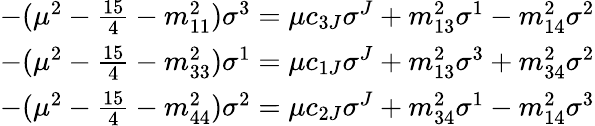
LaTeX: \begin{array}{l}{{-(\mu^{2}-\frac{15}{4}-m_{11}^{2})\sigma^{3}=\mu c_{3J}\sigma^{J}+m_{13}^{2}\sigma^{1}-m_{14}^{2}\sigma^{2}}}\\ {{-(\mu^{2}-\frac{15}{4}-m_{33}^{2})\sigma^{1}=\mu c_{1J}\sigma^{J}+m_{13}^{2}\sigma^{3}+m_{34}^{2}\sigma^{2}}}\\ {{-(\mu^{2}-\frac{15}{4}-m_{44}^{2})\sigma^{2}=\mu c_{2J}\sigma^{J}+m_{34}^{2}\sigma^{1}-m_{14}^{2}\sigma^{3}}}\end{array}